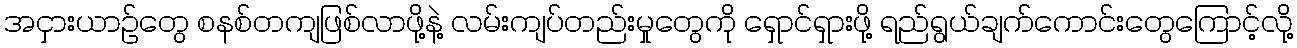
အငှားယာဉ်တွေ စနစ်တကျဖြစ်လာဖို့နဲ့ လမ်းကျပ်တည်းမှုတွေကို ရှောင်ရှားဖို့ ရည်ရွယ်ချက်ကောင်းတွေကြောင့်လို့